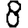
Digit: 8